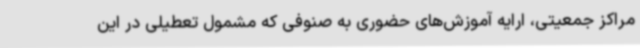
مراکز جمعیتی، ارایه آموزش‌های حضوری به صنوفی که مشمول تعطیلی در این